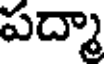
పద్మా